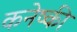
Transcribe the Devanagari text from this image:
कनेष्की